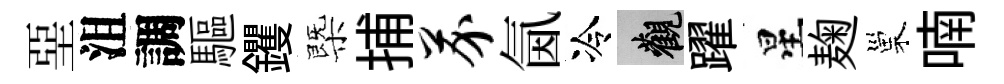
堊沮調驅钁㮣捕芥氤冷觀躍星麹巢喃